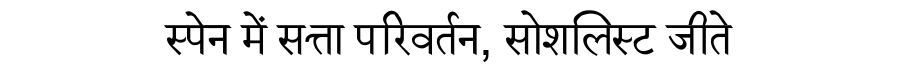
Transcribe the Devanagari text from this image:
स्पेन में सत्ता परिवर्तन, सोशलिस्ट जीते